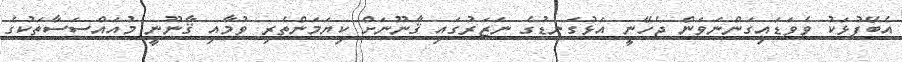
އެބޭފުޅަކު ވެވަޑައިގަންނަވަން ޖެހޭނީ އަޅުގަނޑުގެ ނަޒަރުގައި ޤާނޫނަށް ކިޔަމަންތެރި ވުމާއި ޤާނޫނީ މުއައްސަސާތަކުގެ